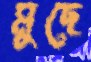
মুছে